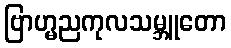
ဗြာဟ္မညကုလသမ္ဘူတော